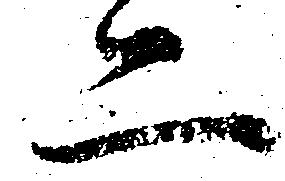
二